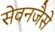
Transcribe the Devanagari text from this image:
सेवनजैसे